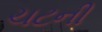
ચટની